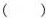
()